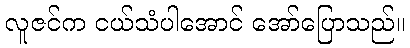
လူဇင်က ငယ်သံပါအောင် အော်ပြောသည်။